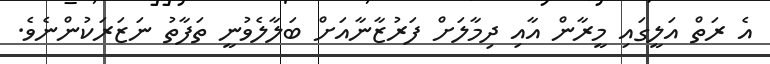
އެ ރަތް އަލީގައި މީރާން އާއި ދިމާލަށް ފަރުޒާނާއަށް ބަލާލެވުނީ ތަފާތު ނަޒަރަކުންނެވެ.